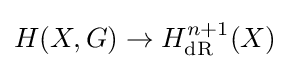
H(X,G)\rightarrow H_{\mathrm {dR} }^{n+1}(X)